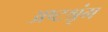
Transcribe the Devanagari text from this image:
अष्टश्रृंग